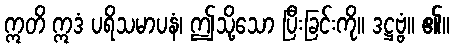
ဣတိ ဣဒံ ပရိသမာပနံ၊ ဤသို့သော ပြီးခြင်းကို။ ဒဋ္ဌဗ္ဗံ။ ၏။